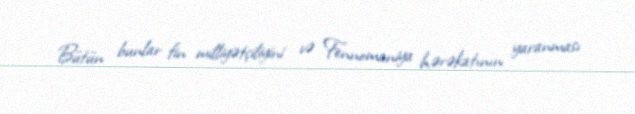
Bütün bunlar fin milliyətçiliyini və Fennomaniya hərəkatının yaranması